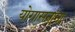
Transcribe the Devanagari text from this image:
योगासनांना